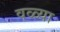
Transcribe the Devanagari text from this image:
वळ्या